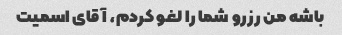
باشه من رزرو شما را لغو کردم، آقای اسمیت